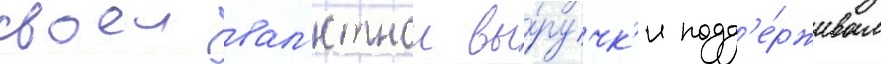
своеи вал'ютнои вы́ручк'и подд'е́рживал